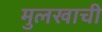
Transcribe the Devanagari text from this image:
मुलखाची